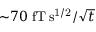
{ \sim } 7 0 ~ \mathrm { f T \, s ^ { 1 / 2 } } / { \sqrt { t } }